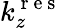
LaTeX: k_{z}^{\mathrm{~r~e~s~}}